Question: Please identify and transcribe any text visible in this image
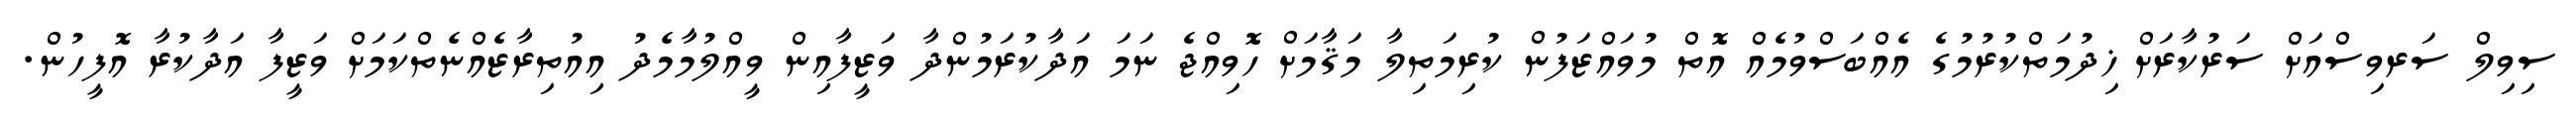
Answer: ސިވިލް ސަރވިސްއަށް ސަރުކާރަށް ޚިދުމަތްކުރުމުގެ އެއްބަސްވުމެއް އޮތް މުވައްޒަފުން ކުރިމަތިލާ މަޤާމަށް ހޮވިއްޖެ ނަމަ އަދާކުރަމުންދާ ވަޒީފާއިން ވީއްލުމާމެދު އިއުތިރާޒެއްނެތްކަމަށް ވަޒީފާ އަދާކުރާ އޮފީހުން.